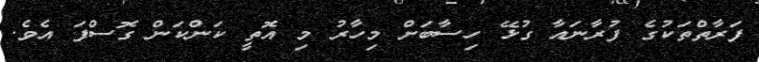
ފަރާތްތަކުގެ ފުރާނައާ ގުޅޭ ހިސާބަށް މިހާރު މި އޮތީ ކަންކަން ގޮސްފަ އެވެ.